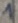
Text: 1